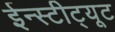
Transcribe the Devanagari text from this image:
ईन्स्टीट्यूट